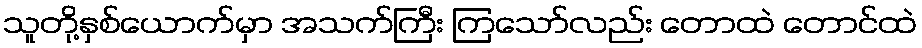
သူတို့နှစ်ယောက်မှာ အသက်ကြီး ကြသော်လည်း တောထဲ တောင်ထဲ